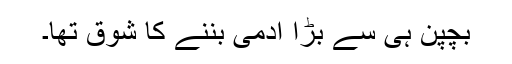
بچپن ہی سے بڑا آدمی بننے کا شوق تھا۔